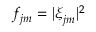
f _ { j m } = | \boldsymbol { \xi } _ { j m } | ^ { 2 }